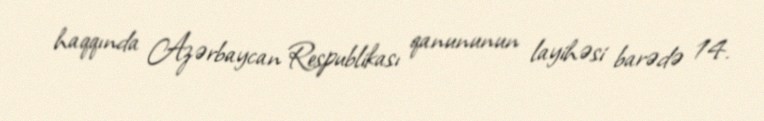
haqqında Azərbaycan Respublikası qanununun layihəsi barədə 14.